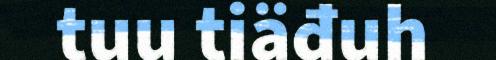
tuu tiäđuh